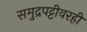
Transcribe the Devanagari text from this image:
समुद्रपट्टीवरही